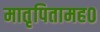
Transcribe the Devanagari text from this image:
मातृपितामह०